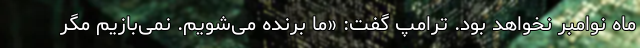
ماه نوامبر نخواهد بود. ترامپ گفت: «ما برنده می‌شویم. نمی‌بازیم مگر